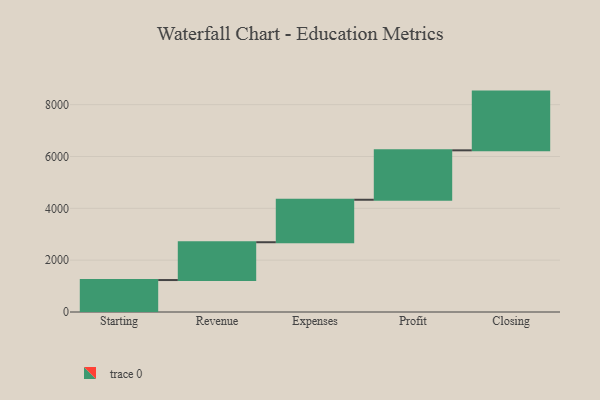
{"axis": {"x": "Step", "y": "Value"}, "legend": [""], "data": [{"x": "Starting", "y": 1233.0, "type": ""}, {"x": "Revenue", "y": 1459.0, "type": ""}, {"x": "Expenses", "y": 1639.0, "type": ""}, {"x": "Profit", "y": 1907.0, "type": ""}, {"x": "Closing", "y": 2266.0, "type": ""}]}